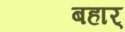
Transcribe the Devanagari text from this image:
बहार्